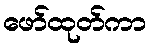
ဖော်ထုတ်ကာ